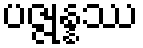
ပဇ္ဇုန္နဿ